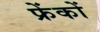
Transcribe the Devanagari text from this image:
फ्रेंकों